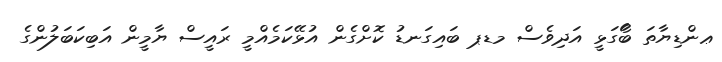
ޢންޑިޔާތަ ބޯަގަޅީ އަދިވެސް މޑޕ ބައިގަނޑު ކޮށްގެން އުޅޭކަމެއްމީ ރައީސް ޔާމީން އަބިކަބަލުންގެ